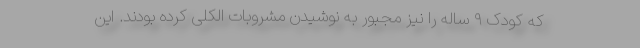
که کودک ۹ ساله را نیز مجبور به نوشیدن مشروبات الکلی کرده بودند. این